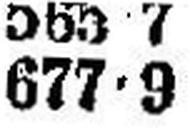
677•9